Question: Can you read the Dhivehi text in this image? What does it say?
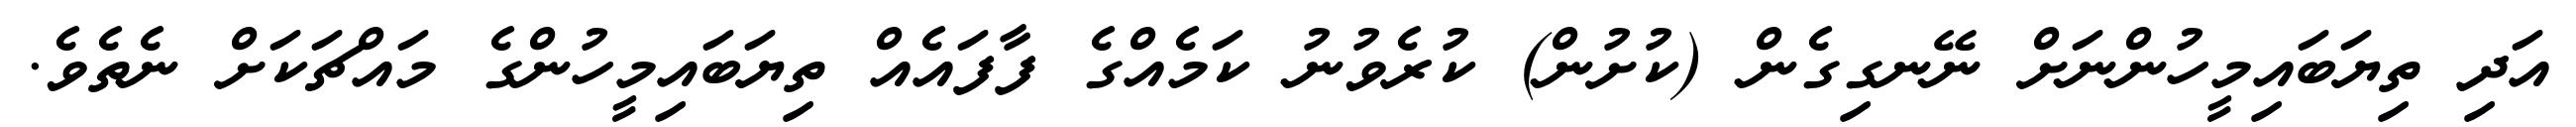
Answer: އަދި ތިޔަބައިމީހުންނަށް ނޭނގިގެން (ކުށުން) ކުރެވުނު ކަމެއްގެ ފާފައެއް ތިޔަބައިމީހުންގެ މައްޗަކަށް ނެތެވެ.